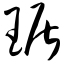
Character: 琚